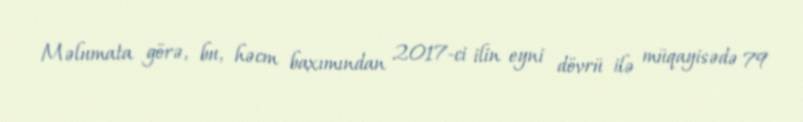
Məlumata görə, bu, həcm baxımından 2017-ci ilin eyni dövrü ilə müqayisədə 79